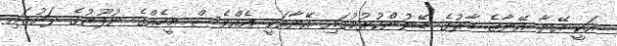
އަކީ އޭނާ އޭނާގެ ބާރުގެ ބޭނުންކުރުމުގައި އޭނާއަކީ އެއްވެސް މީހެއްގެ ނުފޫޒުގެ ދަށުގައި